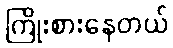
ကြိုးစားနေတယ်